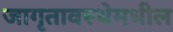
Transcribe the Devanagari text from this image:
जागृतावस्थेमधील